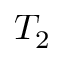
T _ { 2 }